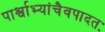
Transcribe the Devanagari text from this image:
पार्श्वाभ्यांचैवपादतः